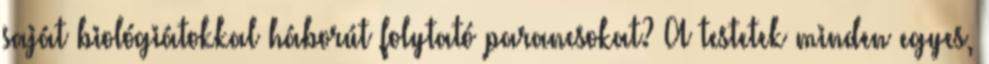
saját biológiátokkal háborút folytató parancsokat? A testetek minden egyes,